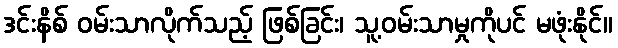
ဒင်းနိစ် ဝမ်းသာလိုက်သည့် ဖြစ်ခြင်း၊ သူ့ဝမ်းသာမှုကိုပင် မဖုံးနိုင်။